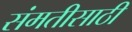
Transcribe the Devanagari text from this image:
संमतीसाठी